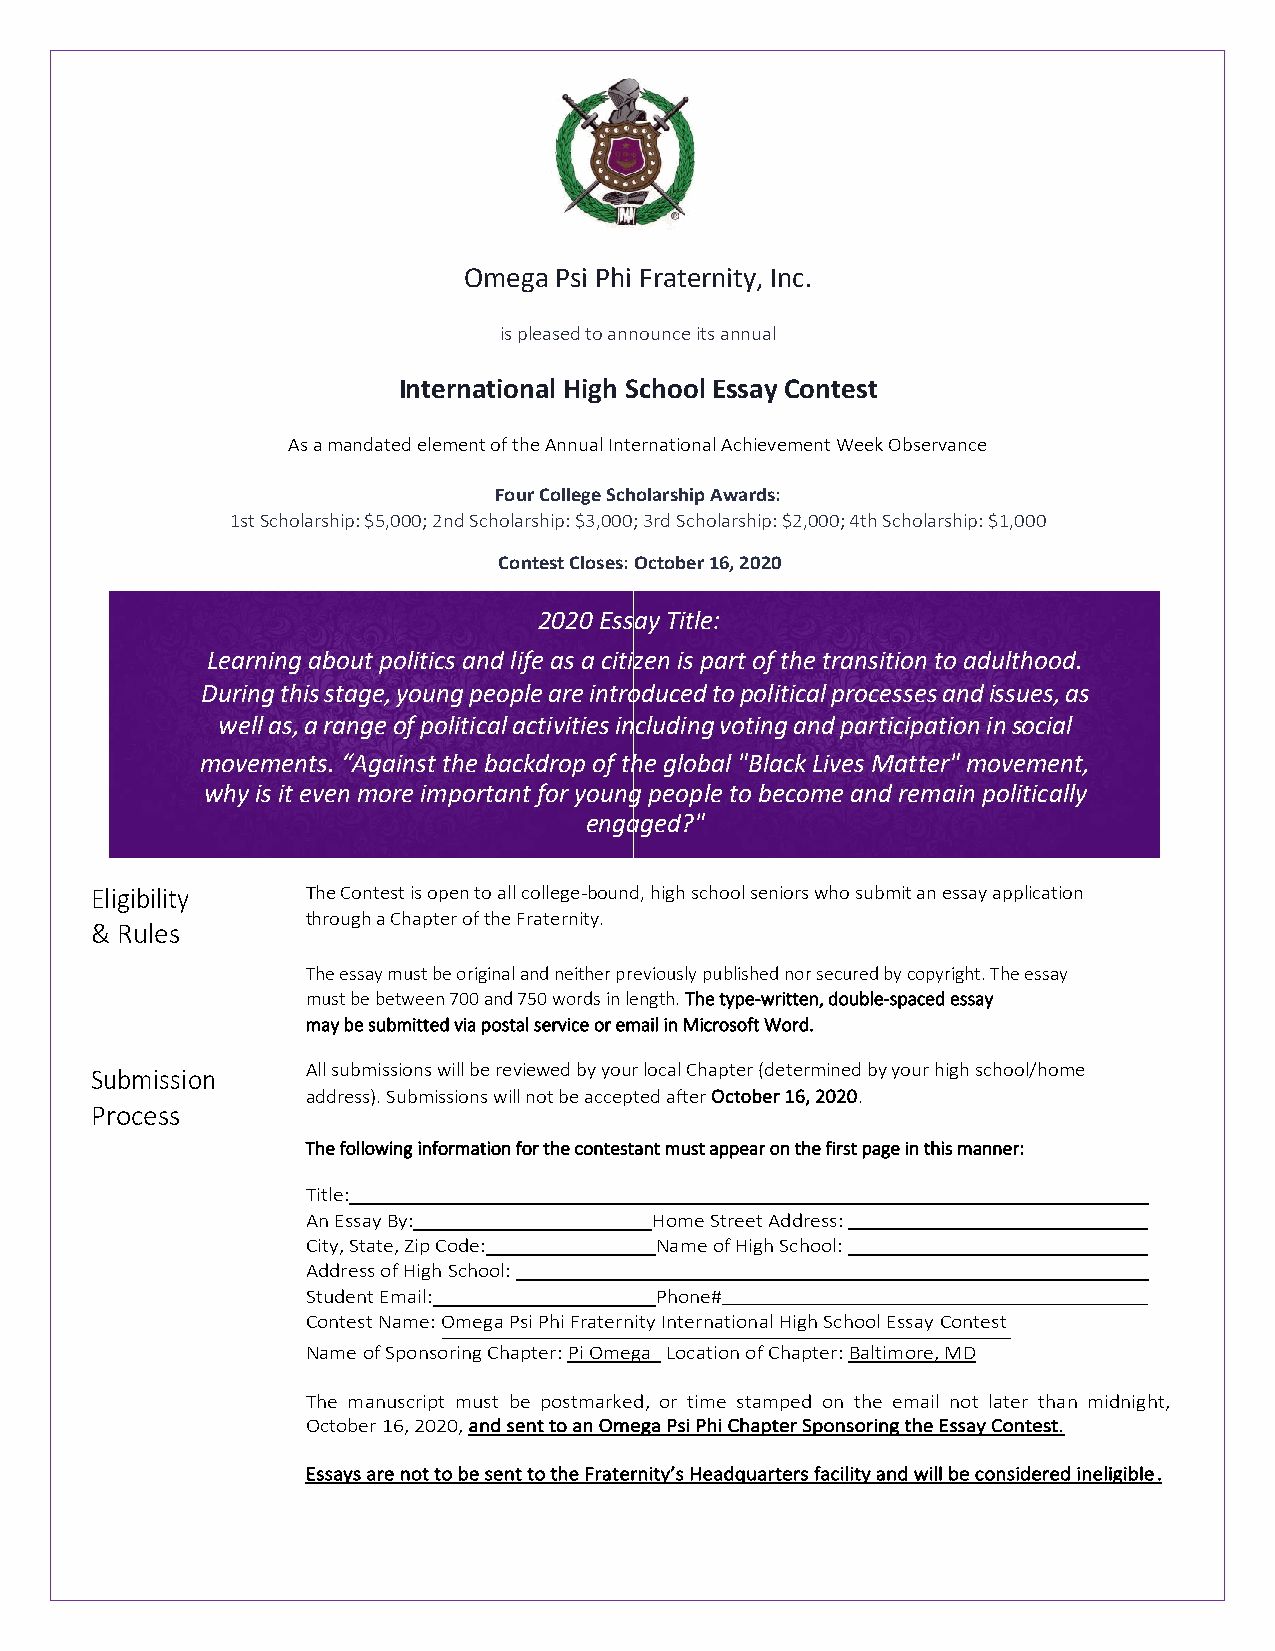
Omega Psi Phi Fraternity, Inc.
 is pleased to announce its annual
 International High School Essay Contest
 As a mandated element of the Annual International Achievement Week Observance
 Four College Scholarship Awards:
 1st Scholarship: $5,000; 2nd Scholarship: $3,000; 3rd Scholarship: $2,000; 4th Scholarship: $1,000
 Contest Closes: October 16, 2020
 2020 Essay Title:
 Learning about politics and life as a citizen is part of the transition to adulthood.
 During this stage, young people are introduced to political processes and issues, as
 well as, a range of political activities including voting and participation in social
 movements. “Against the backdrop of the global "Black Lives Matter" movement,
 why is it even more important for young people to become and remain politically
 engaged?"
 Eligibility   The Contest is open to all college-bound, high school seniors who submit an essay application
 through a Chapter of the Fraternity.
 & Rules
 The essay must be original and neither previously published nor secured by copyright. The essay
 must be between 700 and 750 words in length. The type-written, double-spaced essay
 may be submitted via postal service or email in Microsoft Word.
 Submission    All submissions will be reviewed by your local Chapter (determined by your high school/home
 address). Submissions will not be accepted after October 16, 2020.
 Process
 The following information for the contestant must appear on the first page in this manner:
 Title:
 An Essay By:           Home Street Address:
 City, State, Zip Code: Name of High School:
 Address of High School:
 Student Email:         Phone#___________________________________________
 Contest Name: Omega Psi Phi Fraternity International High School Essay Contest
 Name of Sponsoring Chapter: Pi Omega Location of Chapter: Baltimore, MD
 The manuscript must be postmarked, or time stamped on the email not later than midnight,
 October 16, 2020, and sent to an Omega Psi Phi Chapter Sponsoring the Essay Contest.
 Essays are not to be sent to the Fraternity’s Headquarters facility and will be considered ineligible.